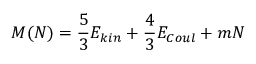
M ( N ) = { \frac { 5 } { 3 } } E _ { k i n } + { \frac { 4 } { 3 } } E _ { C o u l } + m N